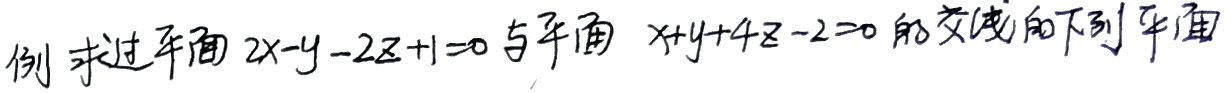
例 求过平面 \(2x - y - 2z + 1 = 0\) 与平面 \(x + y + 4z - 2 = 0\) 的交线的下列平面 。